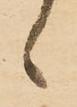
候